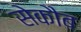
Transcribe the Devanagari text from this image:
सेकौब